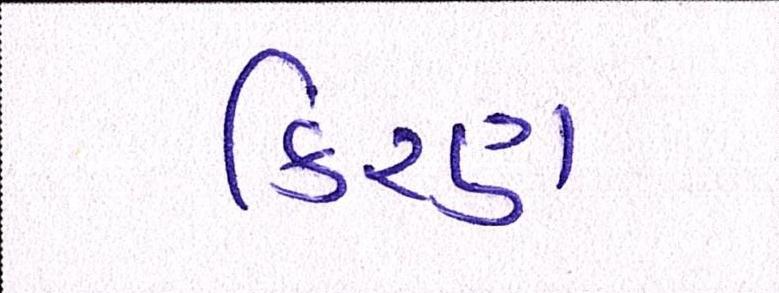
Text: કિરણ